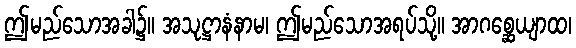
ဤမည်သောအခါ၌။ အသုဋ္ဌာနံနာမ၊ ဤမည်သောအရပ်သို့။ အာဂစ္ဆေယျာထ၊